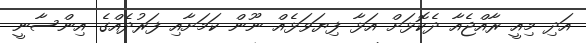
އަދި މިއީ ރާއްޖެއާ ދެކޮޅަށް އަޅާ ފިޔަވަޅެއް ނޫން ކަމަށާއި ފަރުދެއްގެ އިންސާނީ